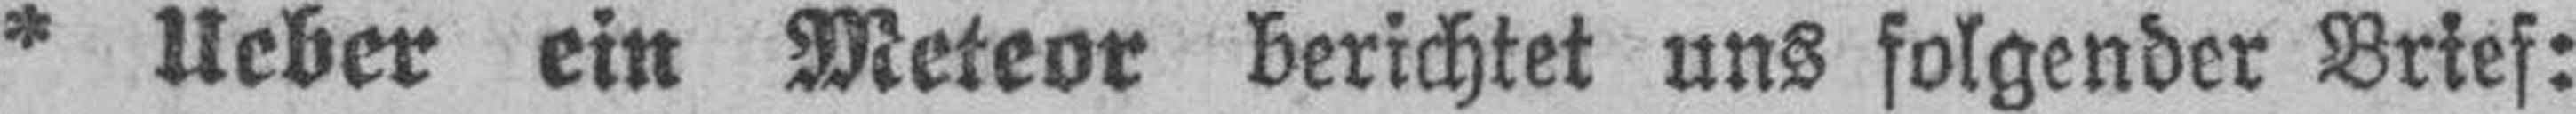
* Ueber ein Meteor berichtet uns folgender Brief: